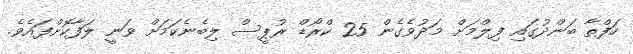
ހަފްތާ ބަންދުގައި ފިލްމަށް މަދުވެގެން 25 ކްރޯޑް ރުޕީސް ލިބެނެކަމަށް ވަނީ ލަފާކޮށްފައެވެ.